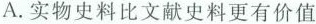
A. 实物史料比文献史料更有价值